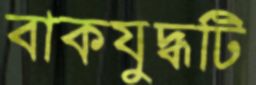
বাকযুদ্ধটি